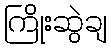
ကြိုးဆွဲချ